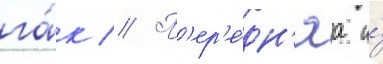
га́к // П'ер'е́дн'яа и́